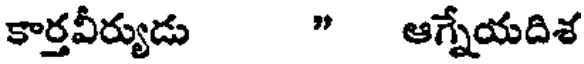
కార్తవీర్యుడు " ఆగ్నేయదిశ